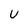
Character: U